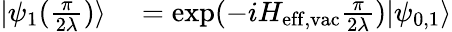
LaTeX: \begin{array}{rl}{|\psi_{1}(\frac{\pi}{2\lambda})\rangle}&{{}=\mathrm{exp}(-iH_{\mathrm{eff,vac}}\frac{\pi}{2\lambda})|\psi_{0,1}\rangle}\end{array}